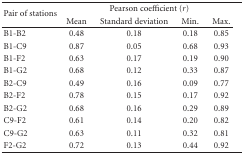
| <ROWSPAN=2> Pair of stations | <COLSPAN=4> Pearson coefficient (r) |
 | Mean | Standard deviation | Min. | Max. |
 | --- | --- | --- | --- | --- |
 | B1-B2 | 0.48 | 0.18 | 0.18 | 0.85 |
 | B1-C9 | 0.87 | 0.05 | 0.68 | 0.93 |
 | B1-F2 | 0.63 | 0.17 | 0.19 | 0.90 |
 | B1-G2 | 0.68 | 0.12 | 0.33 | 0.87 |
 | B2-C9 | 0.49 | 0.16 | 0.09 | 0.77 |
 | B2-F2 | 0.78 | 0.15 | 0.17 | 0.92 |
 | B2-G2 | 0.68 | 0.16 | 0.29 | 0.89 |
 | C9-F2 | 0.61 | 0.14 | 0.20 | 0.82 |
 | C9-G2 | 0.63 | 0.11 | 0.32 | 0.81 |
 | F2-G2 | 0.72 | 0.13 | 0.44 | 0.92 |